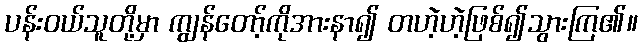
ပန်းဝယ်သူတို့မှာ ကျွန်တော့်ကိုအားနာ၍ တဟဲ့ဟဲ့ဖြစ်၍သွားကြ၏။